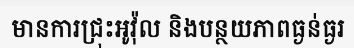
មានការជ្រុះអូវ៉ុល និងបន្ថយភាពធ្ងន់ធ្ងរ